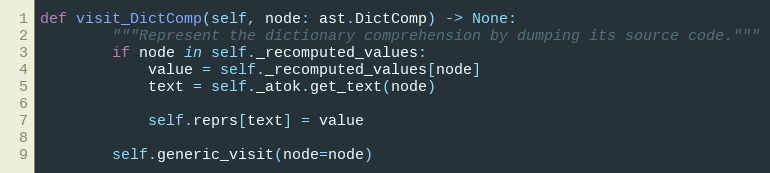
Language: Python
def visit_DictComp(self, node: ast.DictComp) -> None:
        """Represent the dictionary comprehension by dumping its source code."""
        if node in self._recomputed_values:
            value = self._recomputed_values[node]
            text = self._atok.get_text(node)

            self.reprs[text] = value

        self.generic_visit(node=node)